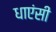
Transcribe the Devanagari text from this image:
धाएंसी